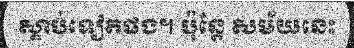
ស្តាប់ទៀតផង។ ប៉ុន្តែ សម័យនេះ